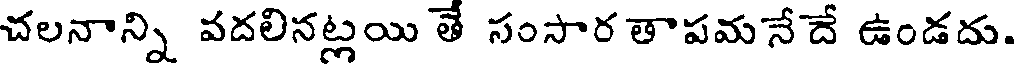
చలనాన్ని వదలినట్లయి తే సంసార తాపమనేదే ఉండదు.